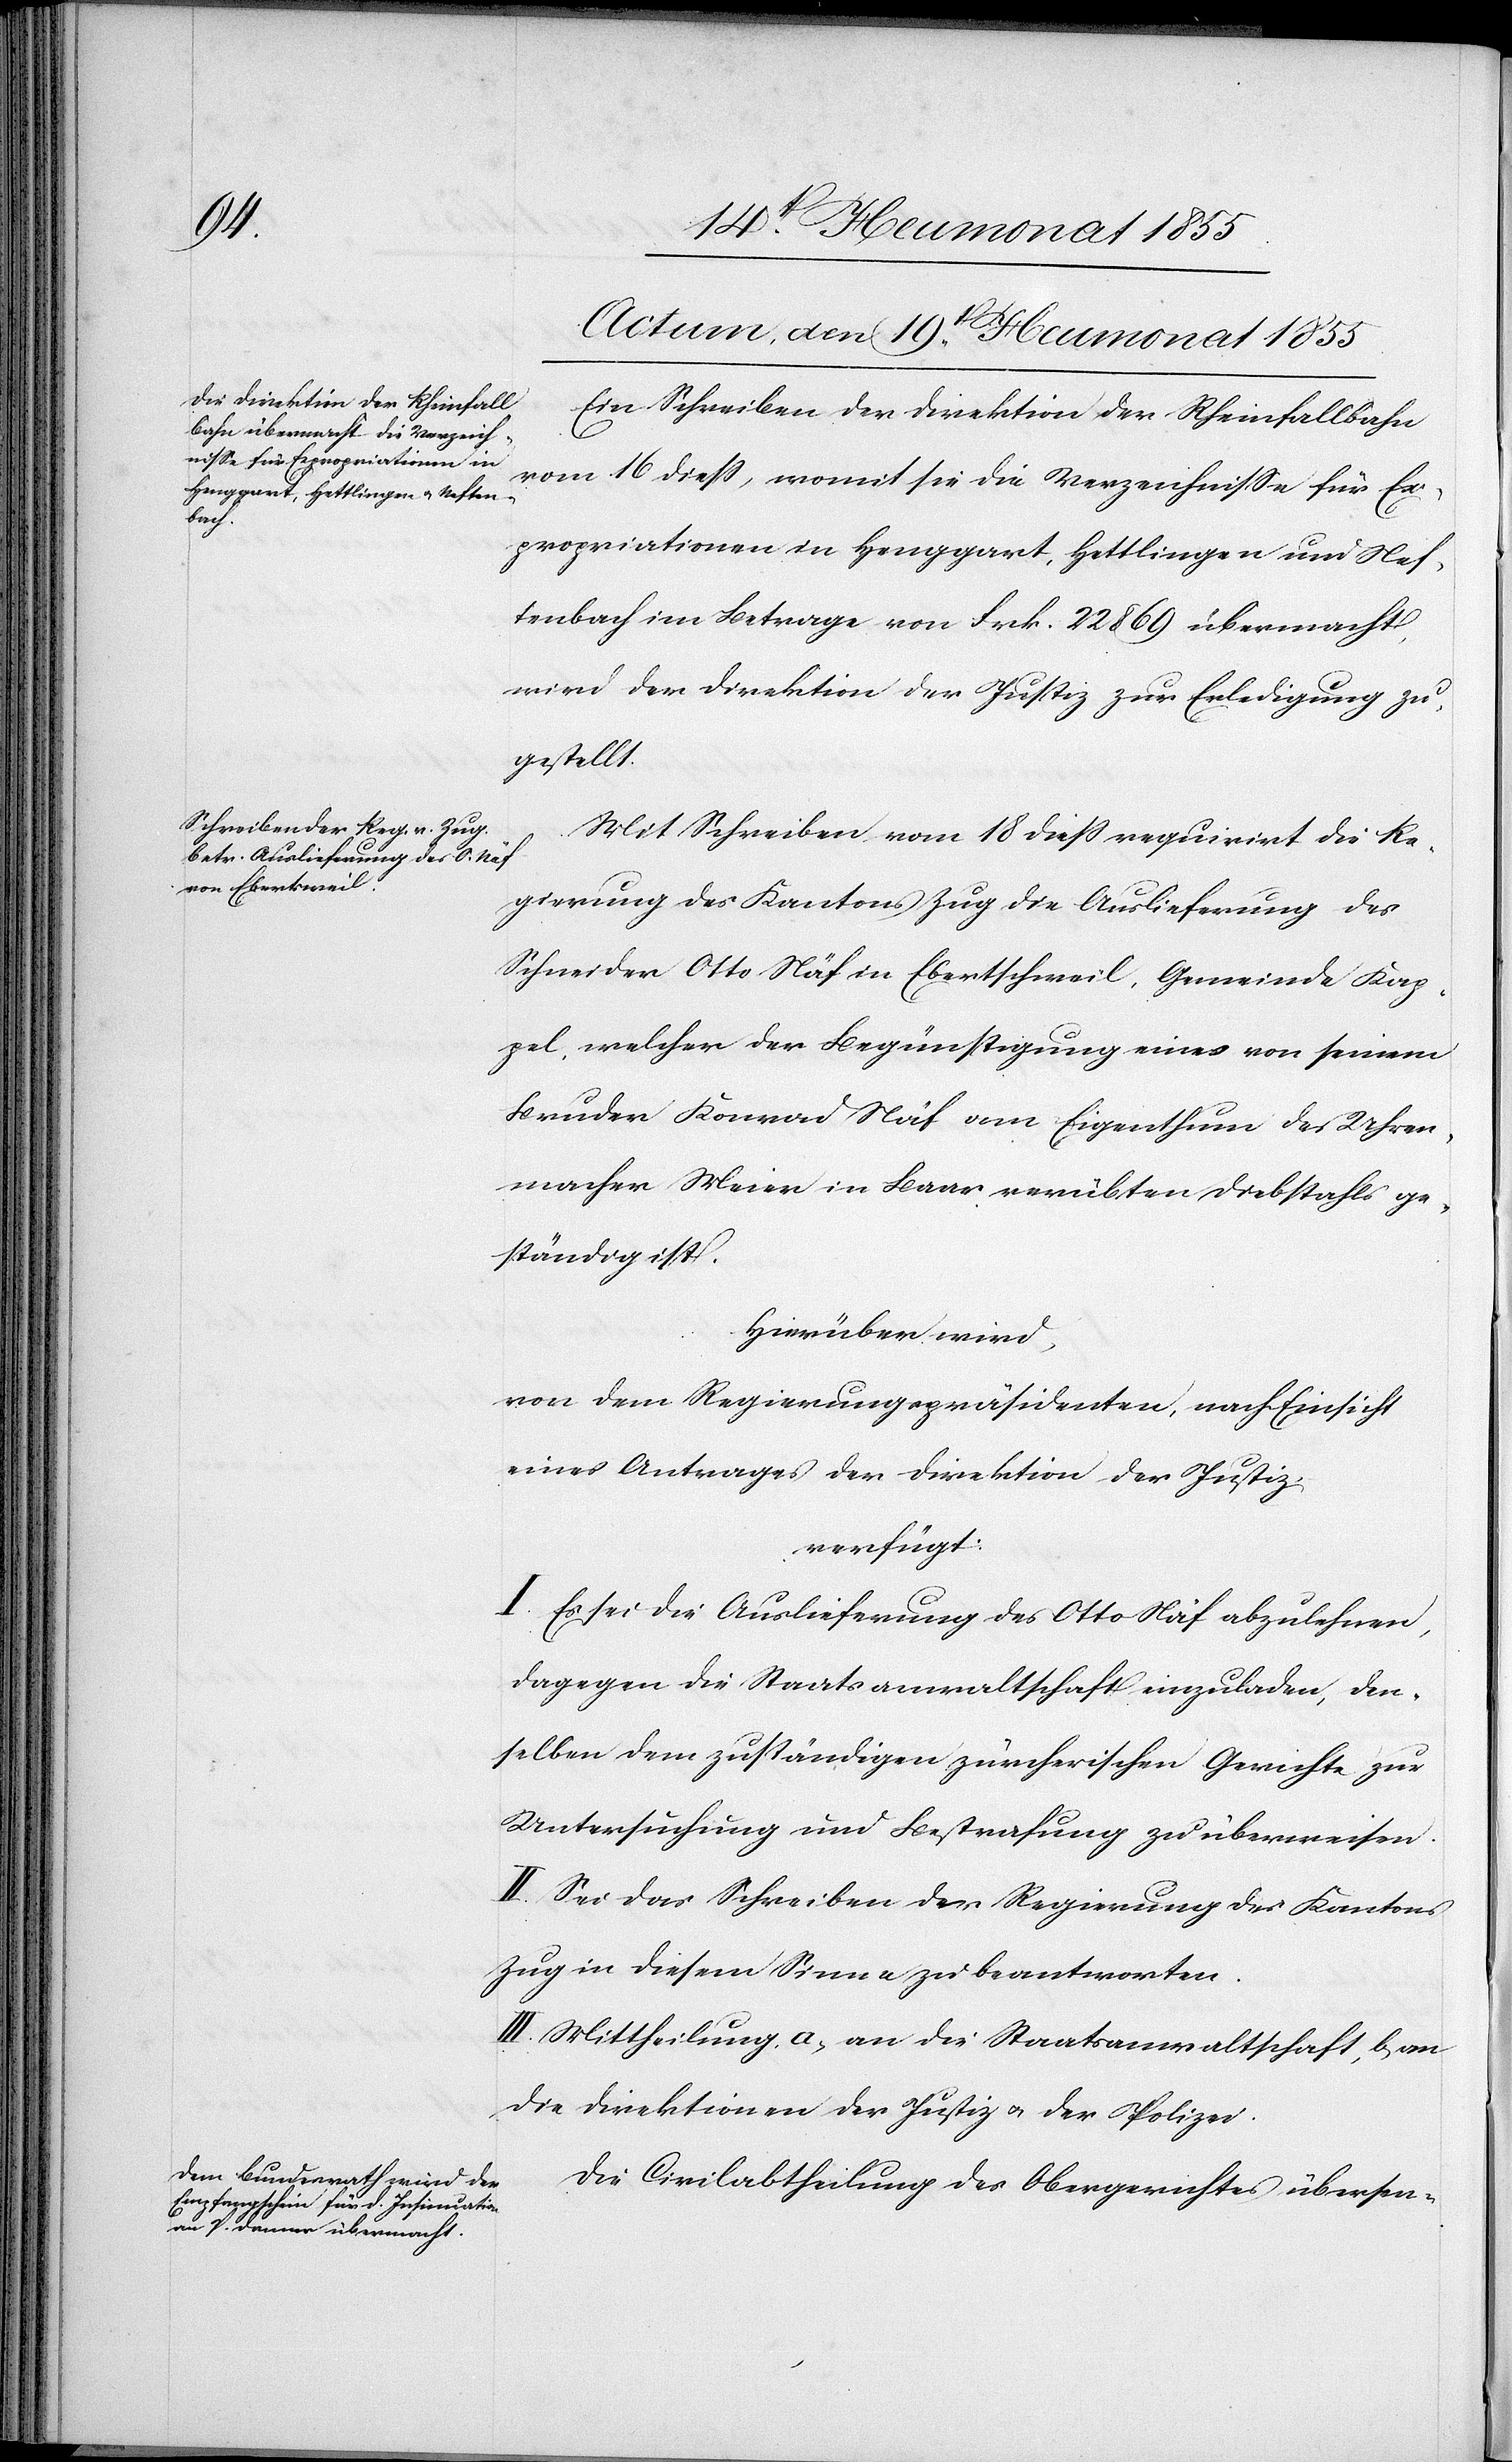
Actum, den 19t[en]. Heumonat 1855.]
Ein Schreiben der Direktion der Rheinfallbahn
vom 16 diess, womit sie die Verzeichnisse für Ex¬
propriationen in Henggart, Hettlingen und Nef¬
tenbach im Betrage von Frk. 22 869 übermacht,
wird der Direktion der Justiz zur Erledigung zu¬
gestellt.
Mit Schreiben vom 18 diess requirirt die Re¬
gierung des Kantons Zug die Auslieferung des
Schneider Otto Näf in Ebertschweil, Gemeinde Kap¬
pel, welcher der Begünstigung eines von seinem
Bruder Konrad Näf am Eigenthum des Uhren¬
macher Meier in Baar verübten Diebstahls ge¬
ständig ist.
Hierüber wird,
von dem Regierungspräsidenten, nach Einsicht
eines Antrages der Direktion der Justiz,
verfügt:
I. Es sei die Auslieferung des Otto Näf abzulehnen,
dagegen die Staatsanwaltschaft einzuladen, den¬
selben dem zuständigen zürcherischen Gerichte zur
Untersuchung und Bestrafung zu überweisen.
II. Sei das Schreiben der Regierung des Kantons
Zug in diesem Sinne zu beantworten.
III. Mittheilung a, an die Staatsanwaltschaft, b, an
die Direktionen der Justiz & der Polizei.
Die Civilabtheilung des Obergerichtes übersen-